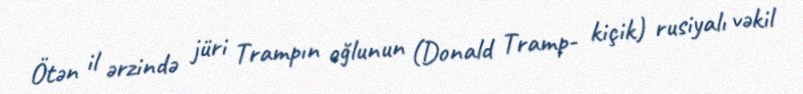
Ötən il ərzində jüri Trampın oğlunun (Donald Tramp- kiçik) rusiyalı vəkil